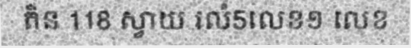
តិន 118 ស្វាយ រលំ5លេខ១ លេខ